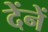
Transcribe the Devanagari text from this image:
देंनें